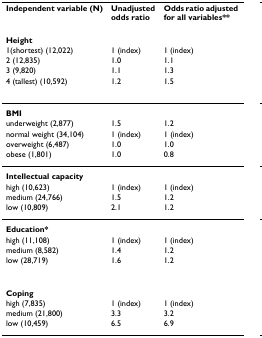
<table><thead><tr><td><b>Independent variable (N)</b></td><td><b>Unadjusted odds ratio</b></td><td><b>Odds ratio adjusted for all variables**</b></td></tr></thead><tbody><tr><td><b>Height</b></td><td></td><td></td></tr><tr><td>1(shortest) (12,022)</td><td>1 (index)</td><td>1 (index)</td></tr><tr><td>2 (12,835)</td><td>1.0</td><td>1.1</td></tr><tr><td>3 (9,820)</td><td>1.1</td><td>1.3</td></tr><tr><td>4 (tallest) (10,592)</td><td>1.2</td><td>1.5</td></tr><tr><td><b>BMI</b></td><td></td><td></td></tr><tr><td>underweight (2,877)</td><td>1.5</td><td>1.2</td></tr><tr><td>normal weight (34,104)</td><td>1 (index)</td><td>1 (index)</td></tr><tr><td>overweight (6,487)</td><td>1.0</td><td>1.0</td></tr><tr><td>obese (1,801)</td><td>1.0</td><td>0.8</td></tr><tr><td><b>Intellectual capacity</b></td><td></td><td></td></tr><tr><td>high (10,623)</td><td>1 (index)</td><td>1 (index)</td></tr><tr><td>medium (24,766)</td><td>1.5</td><td>1.2</td></tr><tr><td>low (10,809)</td><td>2.1</td><td>1.2</td></tr><tr><td><b>Education*</b></td><td></td><td></td></tr><tr><td>high (11,108)</td><td>1 (index)</td><td>1 (index)</td></tr><tr><td>medium (8,582)</td><td>1.4</td><td>1.2</td></tr><tr><td>low (28,719)</td><td>1.6</td><td>1.2</td></tr><tr><td><b>Coping</b></td><td></td><td></td></tr><tr><td>high (7,835)</td><td>1 (index)</td><td>1 (index)</td></tr><tr><td>medium (21,800)</td><td>3.3</td><td>3.2</td></tr><tr><td>low (10,459)</td><td>6.5</td><td>6.9</td></tr></tbody></table>